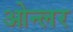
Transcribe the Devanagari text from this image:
ओन्लर